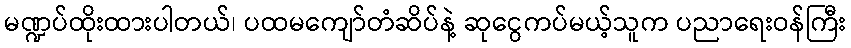
မဏ္ဍပ်ထိုးထားပါတယ်၊ ပထမကျော်တံဆိပ်နဲ့ ဆုငွေကပ်မယ့်သူက ပညာရေးဝန်ကြီး